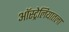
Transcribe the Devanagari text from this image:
ऑस्ट्रेलियातला